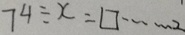
7 4 \div x = \square \cdots 2